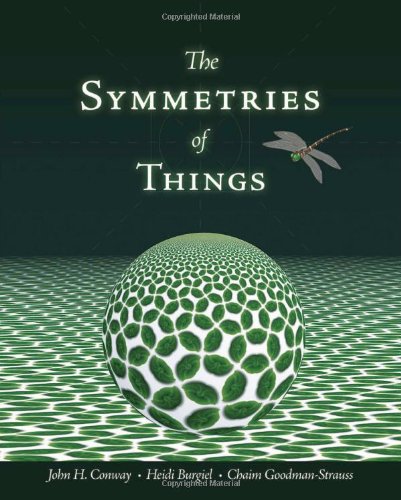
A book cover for The Symmetries of Things; John H. Conway; Humor & Entertainment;